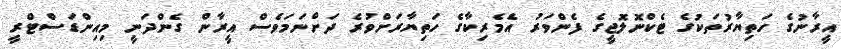
އީރާނުގެ ހަތިޔާރުތަކުގެ ޓެކްނޮލޮޖީގެ ފެންވަރު އެމެރިކާގެ ހަތިޔާރަށްވުރެ ދަށްނަމަވެސް އީރާން ގެންދަނީ މިއިންޑަސްޓްރީ